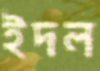
ইদল